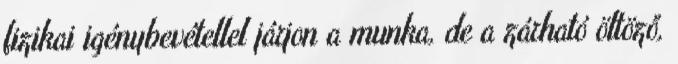
fizikai igénybevétellel járjon a munka, de a zárható öltöző,